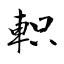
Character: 軹